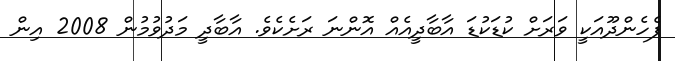
ފެހެންދޫއަކީ ވަަރަށް ކުޑަކުޑަ އާބާދީއެއް އޮންނަ ރަށެކެވެ. އާބާދީ މަދުވުމުން 2008 އިން